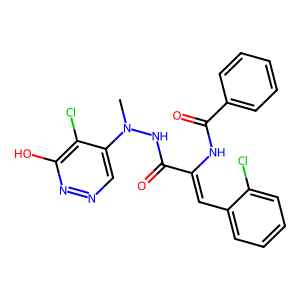
SMILES: CN(NC(=O)C(=Cc1ccccc1Cl)NC(=O)c1ccccc1)c1cnnc(O)c1Cl
Inhibits HIV replication: No